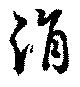
涓